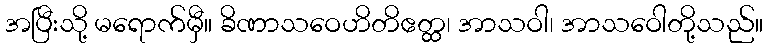
အပြီးသို့ မရောက်မှီ။ ခိဏာသဝေဟိတိဧတ္ထ၊ အာသဝါ၊ အာသဝေါတို့သည်။